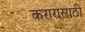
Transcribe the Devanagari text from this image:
करारासाठी